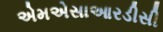
એમએસાઆરડીસી